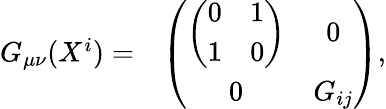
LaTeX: \begin{array}{cc}{{G_{\mu\nu}(X^{i})=}}&{{\left(\begin{array}{cc}{{\left(\begin{array}{cc}{{0}}&{{1}}\\ {{1}}&{{0}}\end{array}\right)}}&{{0}}\\ {{0}}&{{G_{ij}}}\end{array}\right),}}\end{array}